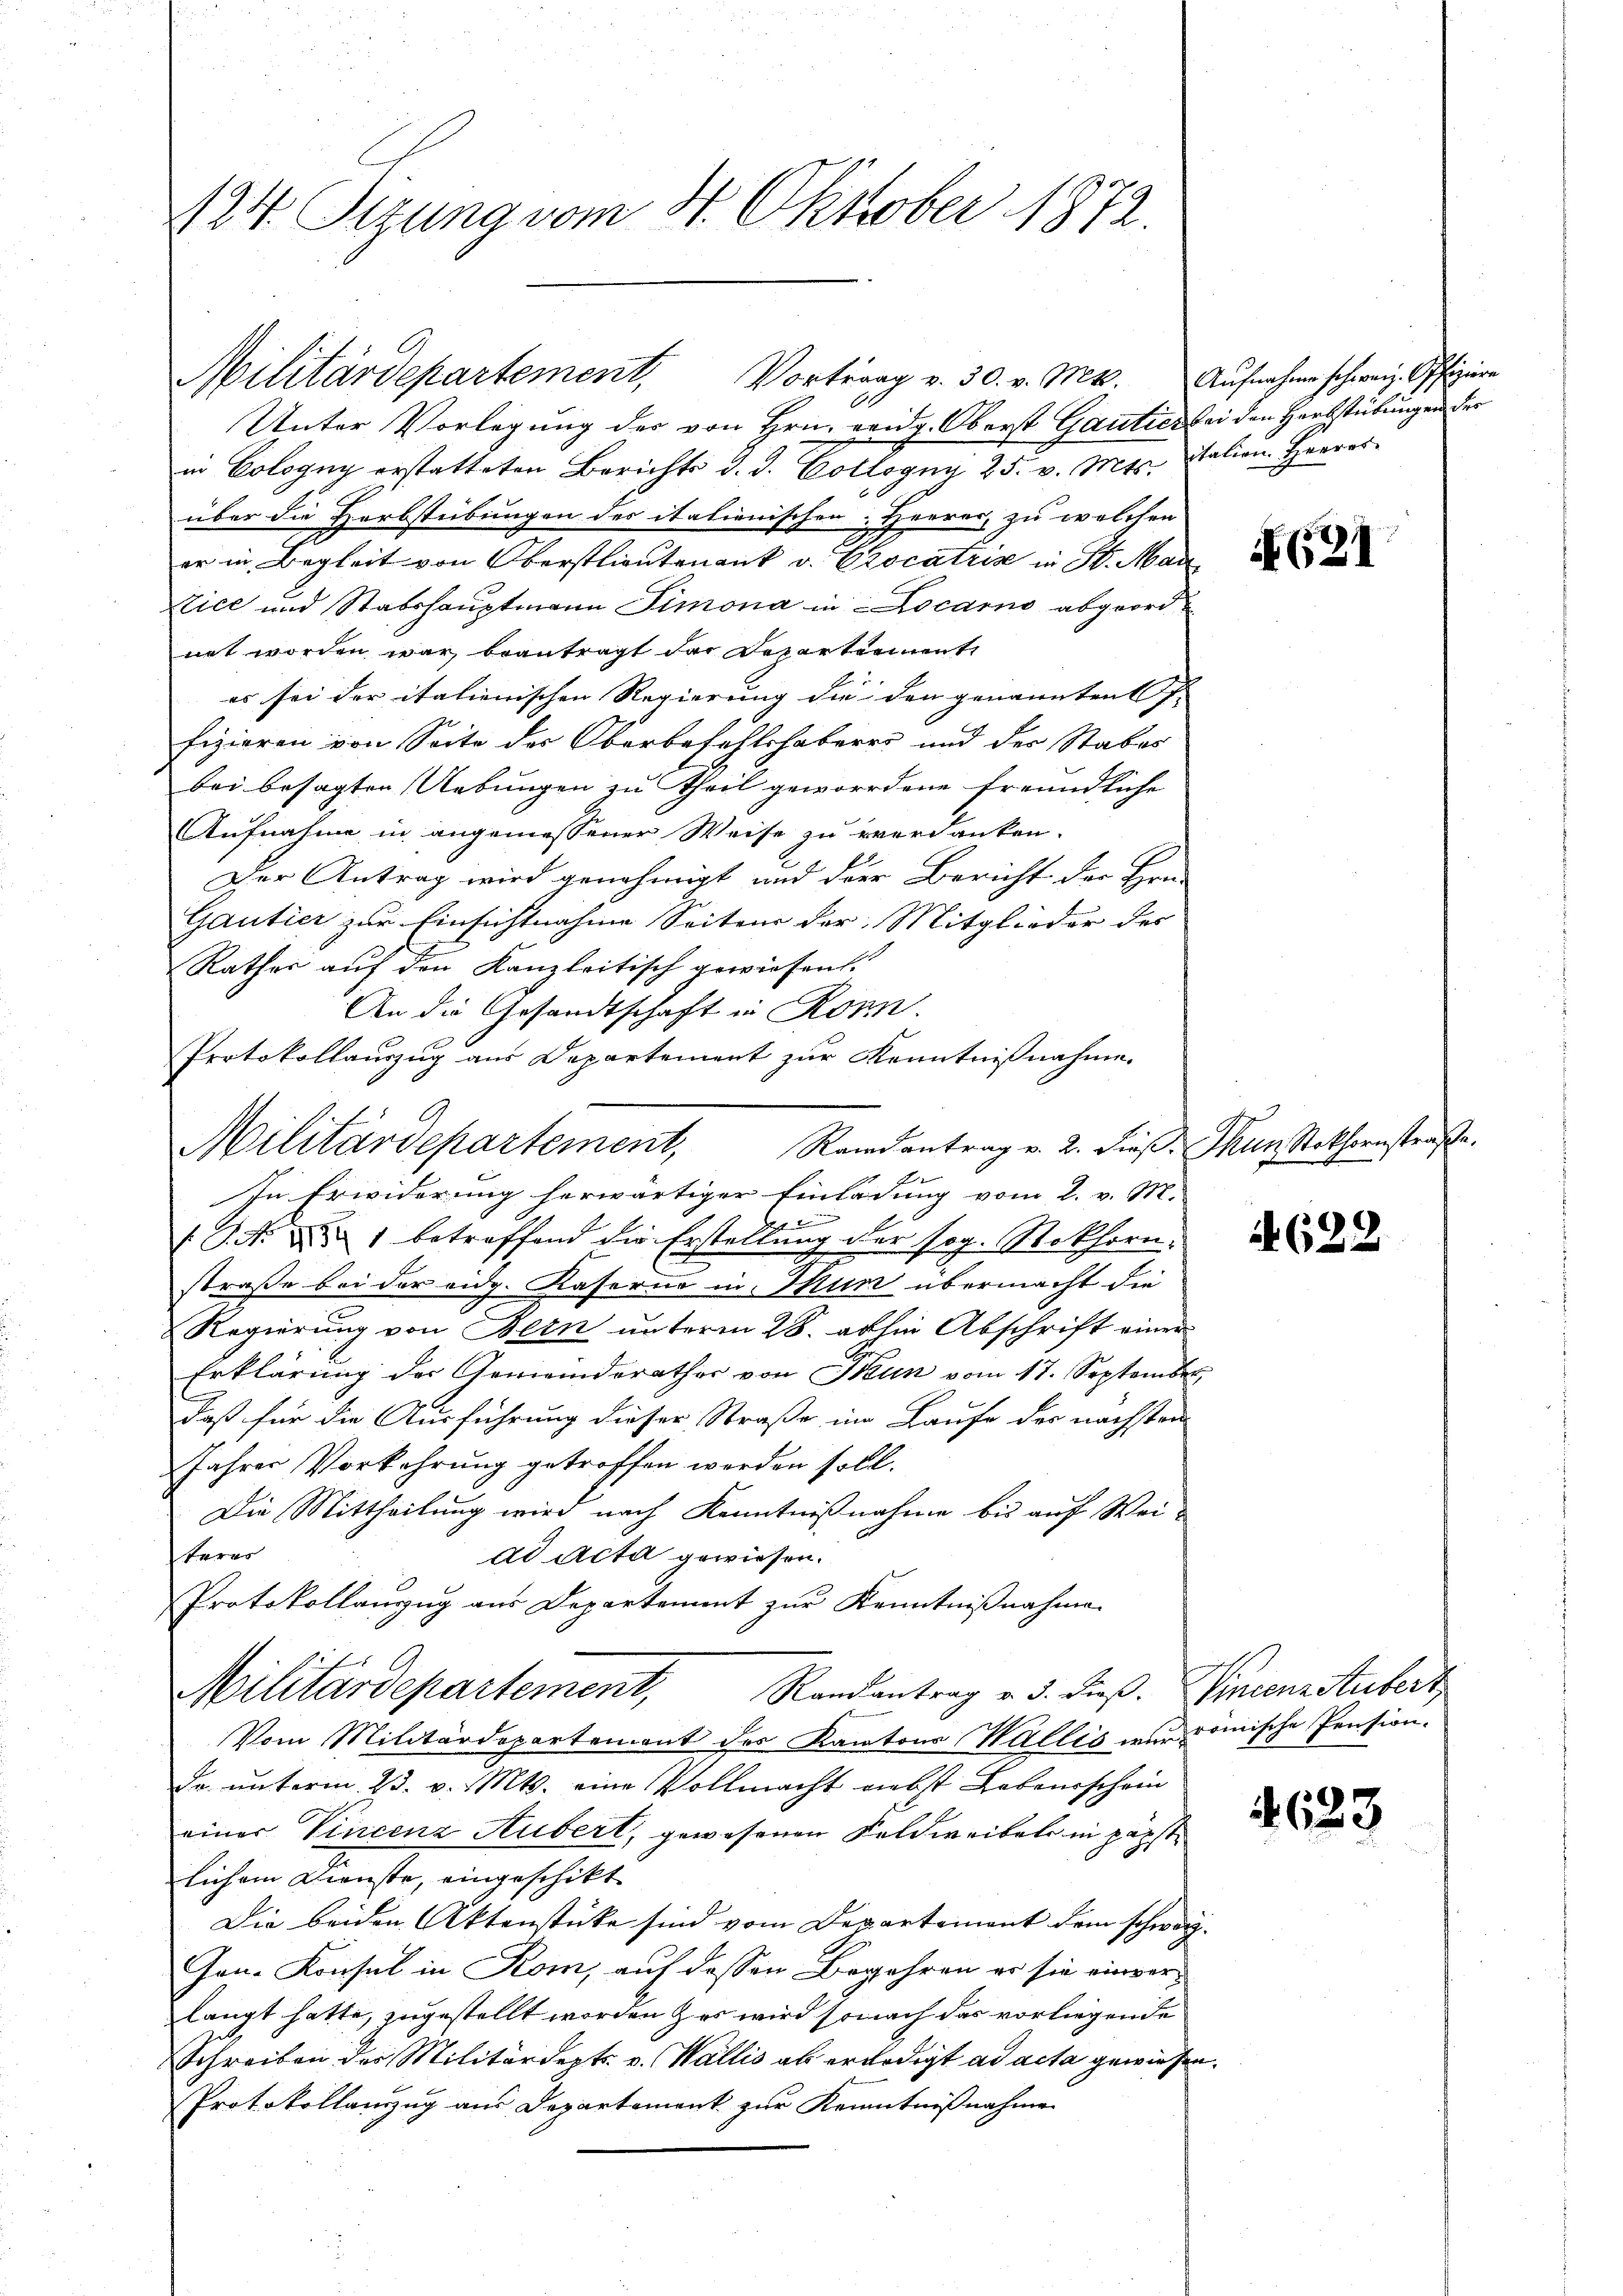
124. Sizung vom 8. Oktober 1872.

Unter Vorlegung der von Hrn. Leidg. Oberst Gautier bei den Herbstübungen der
in Cologny erstatteten Berichts d. J. Collogny 25. v. Mts.
über die Herbstübungen des italienischen Herrer zu welchen
er in Begleit von Oberstlieutenant v. Crocatris in St. Mar
tice und Stabshauptmann Simona in Locarno abgeordnet worden war, beantragt der Departement
es sei der italienischen Regierung die den genannten f.
fizieren von Seite des Oberbefehlshaberes und der Stabes
bei besagten Uebungen zu theil gewordene freundliche
Aufnahme in angemessener Weise zu verdanken.
Der Antrag wird genehmigt und der Bericht der Hrn.
Gautier zur Einsichtnahme Seitens der Mitglieder des
Rathes auf den Kanzleitisch gewiesen.
An die Gesandtschaft in Ronn.
Protokollauszug aus Departement zur Kenntnißnahme.
In Erwiderung herwärtiger Einladung vom 2. v. Mi
2
S. Nr. 1 betreffend die Erstellung der sog. Rokhorn.
straße bei der eidg. Kaserne in Tun übermacht die
Regierung von Bern unterm 28. abhin Abschrift einer
Erklärung der Gemeinderathes von Tun vom 17. September
daß für die Ausführung dieser Straße im Laufe des nachsten
Jahres Vorkehrung getroffen werden soll.
Die Mittheilung wird nach Kenntnißnahme bis auf Wei-
teres
dd Acta gewiesen.
Protokollanzug aus Departement zur Kenntnißnahme
Randantrag v. 3. dieß. Vincenzstubert
Militärdepartement,
Vom Militärdepartement des Kantons Wallis wird römische Pension.
Da unterm 23. v. Mts. eine Vollmacht nebst Lebensschein
einer Vincenz Hubert, gewesenen Feldweibels in perst
lichem Dienste, eingeschikt
Die beiden Aktenstücke sind vom Departement dem schwarz
Jen-Konsul in Kom, auf dessen Begehren er sie einverlangt hatte, zugestellt worden zur wird sonach das vorliegende
Schreiben des Militärdept. v. Wallis ab erledigt ad acta gewiese
Protokollanzug aus Departement zur Kenntnißnahme

Militärdepartement, Vortrag v. 30. v. Mts.

Militärdepartement, Randantrag v. 2. dieß. Thun Rothornstrafe.

Aufnahme schweiz. Offiziere
itation Heeres

(21

A 622

4633